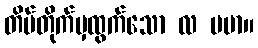
တိမ်တိုက်မှထွက်သော လ ပမာ။